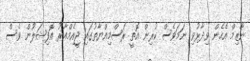
ނާޒިމް އެހެން ވިދާޅުވި ނަމަވެސް ކުރިން އޮތީ ރަސްމިއްޔާތުގައި ޖީއެމްއާރު އޮފިޝަލުން ވެސް